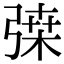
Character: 𢐇